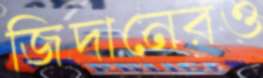
জিদানেরও